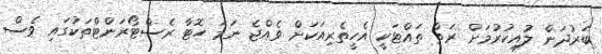
ބަރުދަން ލުއިކުރުމަށް ރަތް ތައްޓަކީ އެހީތެރިއަކަށް ވެއްޖެ ނަމަ ހޮޓާ ރެސްޓޯރަންޓްތަކުގައި ވެސް